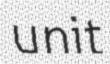
unit